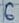
Text: 6